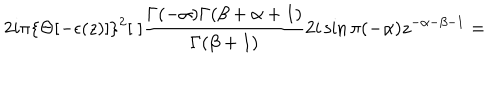
LaTeX: 2 i \pi \{ \Theta [ - \epsilon ( z ) ] \} ^ { 2 } [ \; ] \frac { \Gamma ( - \alpha ) \Gamma ( \beta + \alpha + 1 ) } { \Gamma ( \beta + 1 ) } 2 i \sin \pi ( - \alpha ) z ^ { - \alpha - \beta - 1 } =